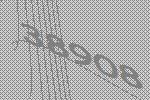
38908